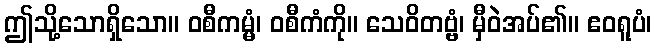
ဤသို့သောရှိသော။ ဝစီကမ္မံ၊ ဝစီကံကို။ သေဝိတဗ္ဗံ၊ မှီဝဲအပ်၏။ ဧဝရူပံ၊